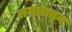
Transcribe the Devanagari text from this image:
लयलातून